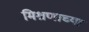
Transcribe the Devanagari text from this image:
मिश्रणाच्या